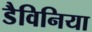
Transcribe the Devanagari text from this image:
डैविनिया